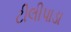
ટીલીપાડા